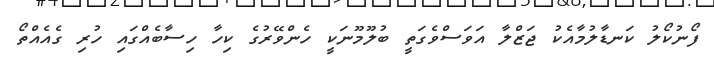
ފޯނުކޯލު ކަނޑާލުމާއެކު ޖަޒްލާ އަވަސްވެގަތީ ބުލޫމޫނަކީ ހެންވޭރުގެ ކިހާ ހިސާބެއްގައި ހުރި ގެއެއްތޯ